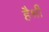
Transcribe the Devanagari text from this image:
हैश्री